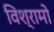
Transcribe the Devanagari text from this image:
विश्रामो